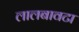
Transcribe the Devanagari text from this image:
लालबावटा